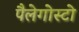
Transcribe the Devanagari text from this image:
पैलेगोस्टो